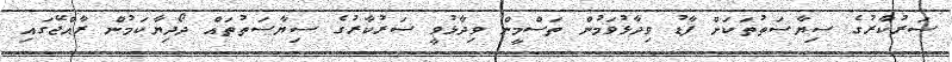
ސަރުކާރުގެ ސިޔާސަތުތަކަށް ފާޑު ވިދާޅުވަމުން ތަސްމީން ވިދާޅުވީ ސަރުކާރުގެ ސިޔާސަތުތައް ދޯދިޔާކަމުން ރާއްޖޭގައި